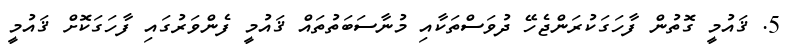
5. ޤައުމީ ގޮތުން ފާހަގަކުރަންޖެހޭ ދުވަސްތަކާއި މުނާސަބަތުތައް ޤައުމީ ފެންވަރުގައި ފާހަގަކޮށް ޤައުމީ